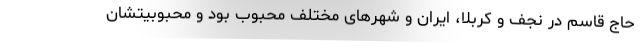
حاج قاسم در نجف و کربلا، ایران و شهرهای مختلف محبوب بود و محبوبیتشان